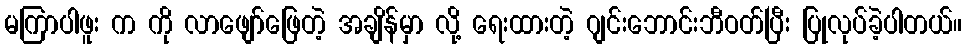
မကြာပါဖူး က ကို လာဖျော်ဖြေတဲ့ အချိန်မှာ လို့ ရေးထားတဲ့ ဂျင်းဘောင်းဘီဝတ်ပြီး ပြုလုပ်ခဲ့ပါတယ်။